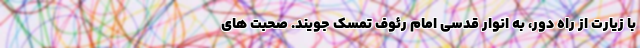
با زیارت از راه دور، به انوار قدسی امام رئوف تمسک جویند. صحبت های